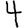
Digit: 4